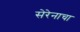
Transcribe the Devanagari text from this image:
सेरेनाचा